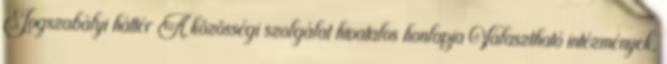
Jogszabályi háttér A közösségi szolgálat hivatalos honlapja Választható intézmények,